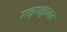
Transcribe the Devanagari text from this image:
गड़गड़ाबट